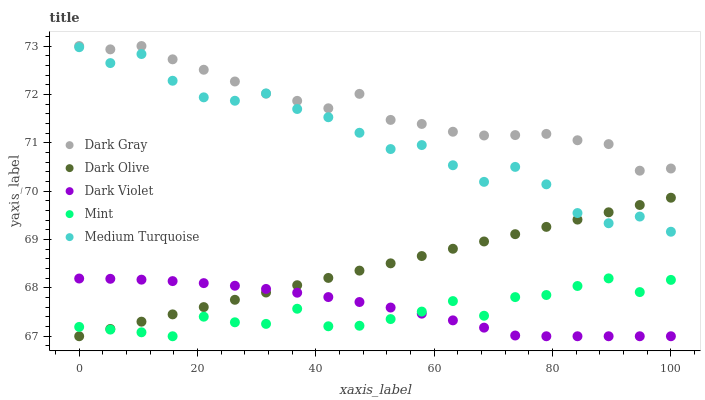
| xaxis_label | Dark Gray | Dark Olive | Dark Violet | Mint | Medium Turquoise |
 | --- | --- | --- | --- | --- | --- |
 | 0 | 73 | 67 | 68.2 | 67.2 | 73 |
 | 5.26 | 72.9 | 67.2 | 68.2 | 67.1 | 72.6 |
 | 10.5 | 73 | 67.3 | 68.2 | 67.1 | 72.8 |
 | 15.8 | 72.7 | 67.5 | 68.1 | 67 | 72.3 |
 | 21.1 | 72.5 | 67.6 | 68.1 | 67.4 | 71.9 |
 | 26.3 | 72.3 | 67.8 | 68 | 67.3 | 71.9 |
 | 31.6 | 72 | 67.9 | 68 | 67.3 | 72 |
 | 36.8 | 71.9 | 68.1 | 67.9 | 67.6 | 71.7 |
 | 42.1 | 71.7 | 68.2 | 67.8 | 67.2 | 71.5 |
 | 47.4 | 72 | 68.4 | 67.7 | 67.2 | 71.2 |
 | 52.6 | 71.5 | 68.5 | 67.6 | 67.4 | 70.9 |
 | 57.9 | 71.4 | 68.7 | 67.5 | 67.5 | 71 |
 | 63.2 | 71.2 | 68.8 | 67.3 | 67.7 | 70.5 |
 | 68.4 | 71.2 | 69 | 67.2 | 67.4 | 70.2 |
 | 73.7 | 71.2 | 69.1 | 67 | 67.8 | 70.5 |
 | 78.9 | 71.2 | 69.3 | 67 | 67.9 | 70.1 |
 | 84.2 | 71.1 | 69.4 | 67 | 68 | 69.5 |
 | 89.5 | 71 | 69.6 | 67 | 68.2 | 69.3 |
 | 94.7 | 70.4 | 69.7 | 67 | 67.9 | 69.5 |
 | 100 | 70.5 | 69.9 | 67 | 68.2 | 69.2 |